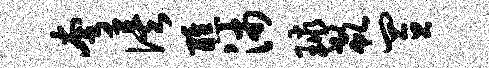
夸俟醮沛球欷置